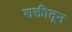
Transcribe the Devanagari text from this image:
शक्तीतून